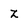
Character: z